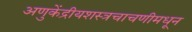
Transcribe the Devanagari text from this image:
अणुकेंद्रीयशस्‍त्रचाचणीमधून